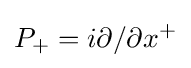
P_{+}=i\partial /\partial x^{+}